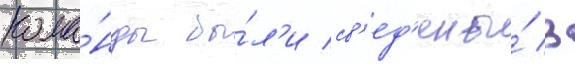
кома́нды бы́л'и св'ед'ены́ в